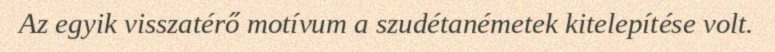
Az egyik visszatérő motívum a szudétanémetek kitelepítése volt.